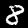
Digit: 8